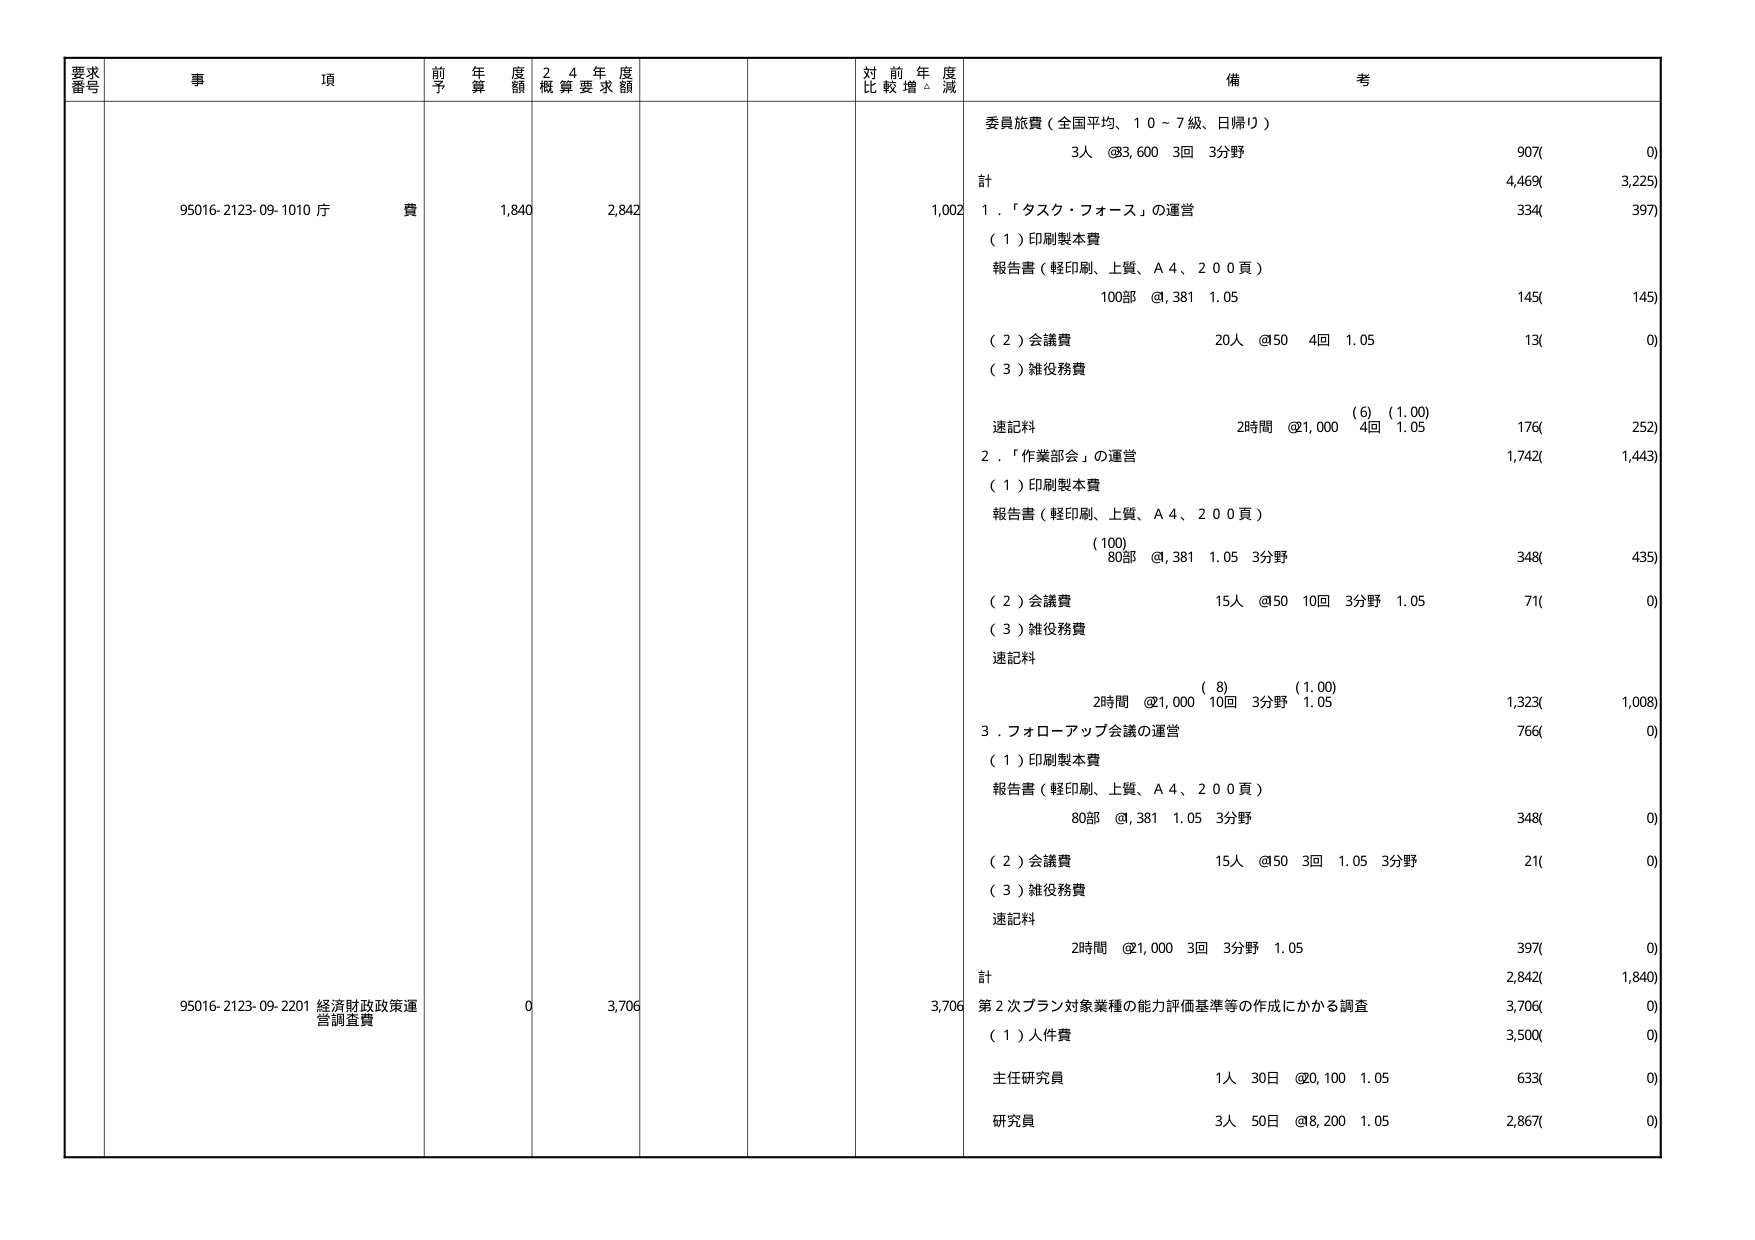
要求番号 事項 前年度予算額 24年度概算要求額 対前年度比較増減 備考
95016-2123-09-1010 庁費 1,840 2,842 1,002 委員旅費（全国平均、10～7級、日帰り） 3人 @3,600 3回 3分野 907(0) 計 4,469(3,225) 1．「タスク・フォース」の運営 334(397) （1）印刷製本費 報告書（軽印刷、上質、A4、200頁） 100部 @,381 1.05 145(145) （2）会議費 20人 @50 4回 1.05 13(0) （3）雑役務費 速記料 2時間 @1,000 4回 1.05 (6)(1.00) 176(252) 2．「作業部会」の運営 1,742(1,443) （1）印刷製本費 報告書（軽印刷、上質、A4、200頁） (100) 80部 @,381 1.05 3分野 348(435) （2）会議費 15人 @50 10回 3分野 1.05 71(0) （3）雑役務費 速記料 2時間 @1,000 10回 3分野 1.05 (8)(1.00) 1,323(1,008) 3．フォローアップ会議の運営 766(0) （1）印刷製本費 報告書（軽印刷、上質、A4、200頁） 80部 @,381 1.05 3分野 348(0) （2）会議費 15人 @50 3回 1.05 3分野 21(0) （3）雑役務費 速記料 2時間 @1,000 3回 3分野 1.05 397(0) 計 2,842(1,840) 95016-2123-09-2201 経済財政政策運営調査費 0 3,706 3,706 第2次プラン対象業種の能力評価基準等の作成にかかる調査 3,706(0) （1）人件費 3,500(0) 主任研究員 1人 30日 @2,100 1.05 633(0) 研究員 3人 50日 @8,200 1.05 2,867(0)